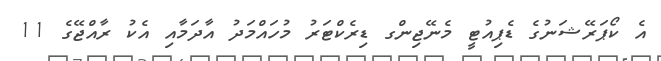
އެ ކޯޕަރޭޝަނުގެ ޑެޕިއުޓީ މެނޭޖިންގ ޑިރެކްޓަރު މުހައްމަދު އާދަމާއި އެކު ރާއްޖޭގެ 11